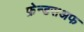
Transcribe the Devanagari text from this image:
फ्रेन्डसअफ